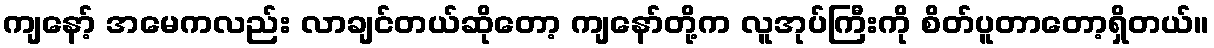
ကျနော့် အမေကလည်း လာချင်တယ်ဆိုတော့ ကျနော်တို့က လူအုပ်ကြီးကို စိတ်ပူတာတော့ရှိတယ်။